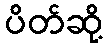
ပိတ်ဆို့